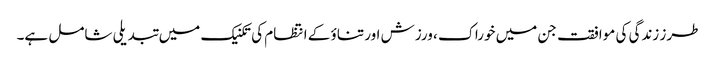
طرز زندگی کی موافقت جن میں خوراک ، ورزش اور تناؤ کے انتظام کی تکنیک میں تبدیلی شامل ہے۔